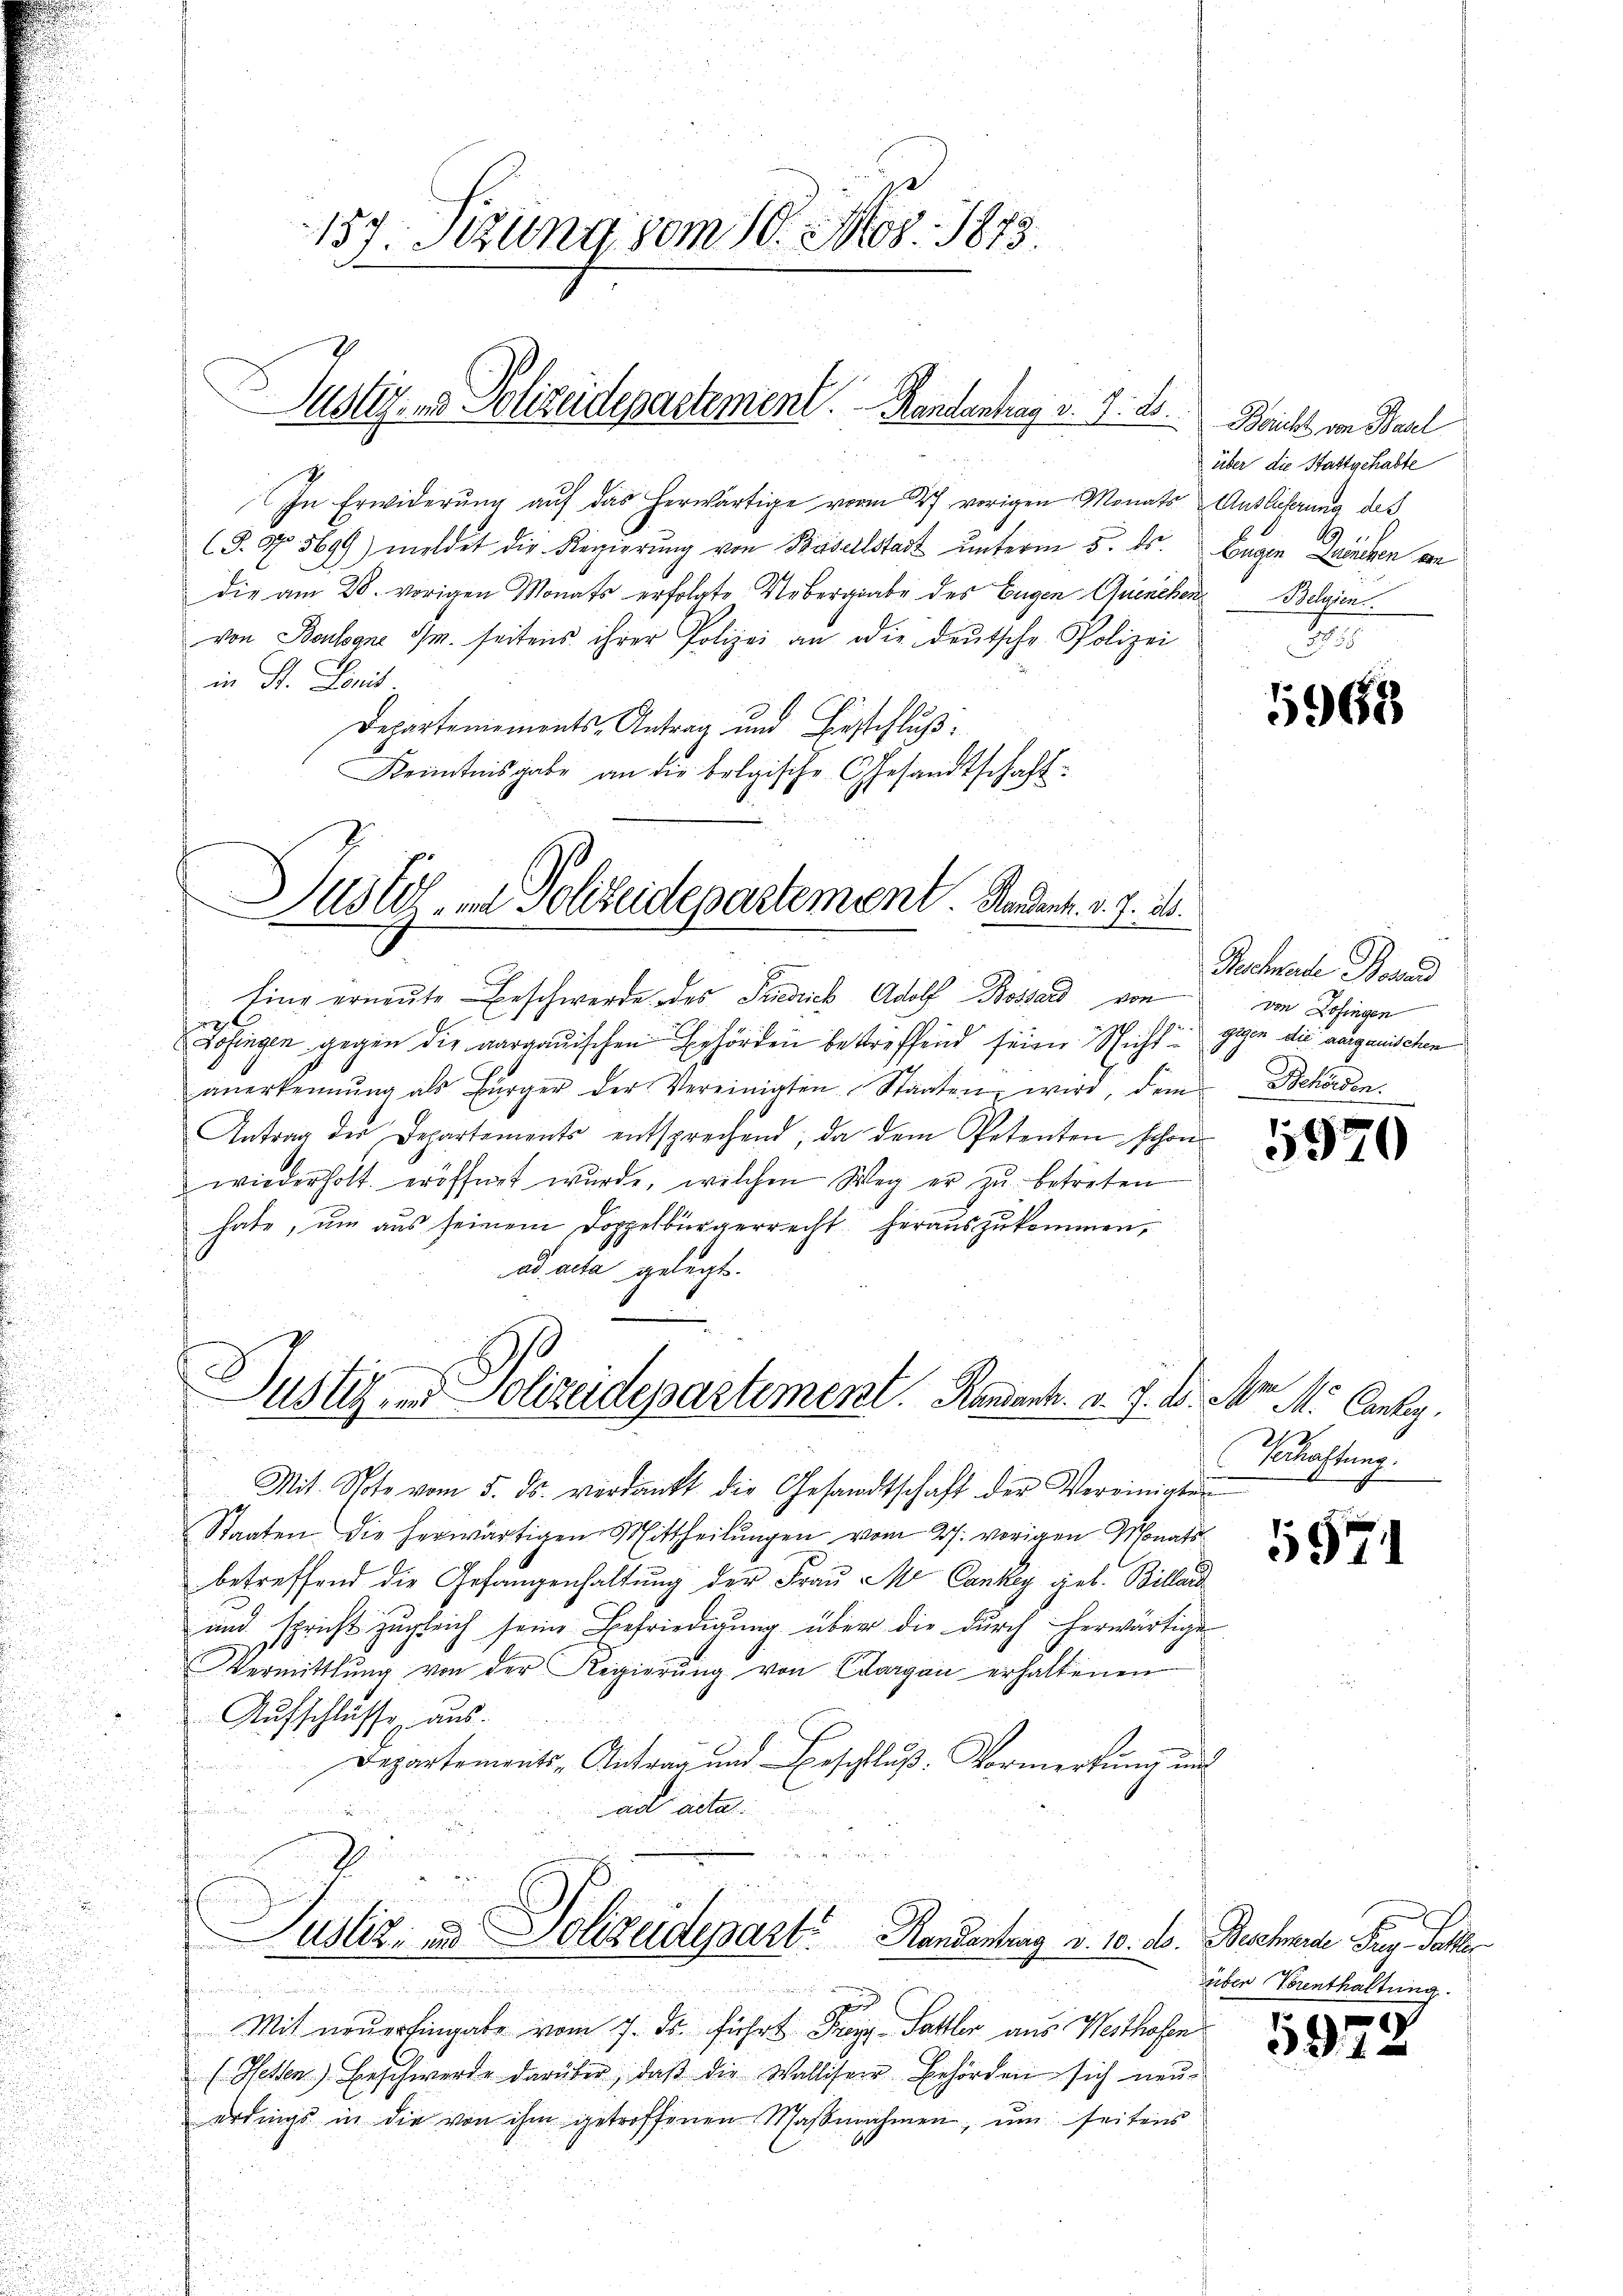
137. Sizung vom 10. Mos. 1873.

Justiz, und Polizeidepartement. Handentrag v. 9. ds.

In Erwiderung auf das herwärtige vom 27. vorigen Monats Auslieferung des
(S. 57. 5699) meldet die Regierŭng von Basellstadt ŭnterm 5. ds.
die am 28. vorigen Monats erfolgte Uebergabe des Eugen Quenchen Belgien.
von Boulogne im seitens ihrer Polizei an die deutsche Polizei
in St. Lonis.
Departemements-Antrag und Beschluß:
Kenntnisgabe an die belgische Gesandtschaft:

Eine erneŭte Beschwerde des Friedrich Adolf Bossard von von Zofingen

¬
Justiz- und Polizeidepartement. Handent. v. J. ds.

Zofingen gegen die aargauischen Behörden bestriffend seien. Nicht
anerkennung als Bürger der Vereinigten Staaten wird, dem Behörden.
Antrag der Departements entsprechend, da dem Petenten schon
wiederholt eröffnet wurde, welchen Weg er zu betreten
hate, um aus seinem Doppelbürgerrecht herauszukommen,
ad acta gelegt.
Staaten die herwärtigen Mittheilŭngen vom 27. vorigen Monats
betreffend die Gefangenhaltung der Frau Me Cankey geb. Billand
und spricht zugleich seine Befriedigung über die durch herwärtige
Vermittlung von der Regierŭng von Edurgau erhaltenen
Aufschlusse aus.
Departements-Antrag und Beschluß: Vormerkung um
ad acta.
t
2
Justiz- & Polizeidepart. Handentrag v. 10. d. Beschmale Pag. Seller

|
h
Mit neuer Eingabe vom 7. ds. führt Frey-Sattler aus Westhofen
(Wetten) Beschwerde darüber, daß die Walliser Behörden sich neuerdings in die von ihm getroffenen Maßnahmen, um seitens

t
Justiz- und Polizeidepartement. Randant. v. 7. d. M. M. Cantag.
Mit Spote vom 5. ds. verdankt die Gesandtschaft der Vereinigten

Bericht von Basl
über die Stattgehabte
Bugen Fruchen an
s

5968

Rachende Baad
gigen die aarganischen.

5970

Schaftung.

5971

üben Vorenthaltung.

5972